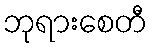
ဘုရားစေတီ